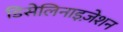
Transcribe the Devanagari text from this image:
डिसेलिनाइज़ेशन